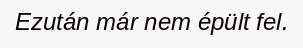
Ezután már nem épült fel.